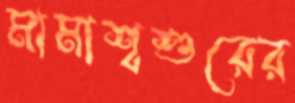
মামাশ্বশুরের